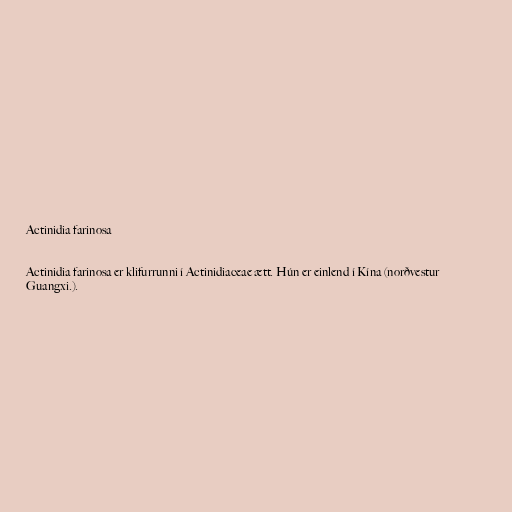
Actinidia farinosa

Actinidia farinosa er klifurrunni í Actinidiaceae ætt. Hún er einlend í Kína (norðvestur
Guangxi.).